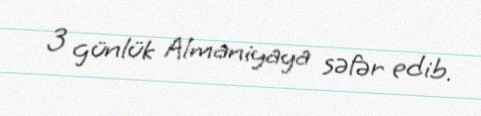
3 günlük Almaniyaya səfər edib.